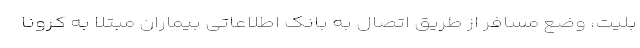
بلیت، وضع مسافر از طریق اتصال به بانک اطلاعاتی بیماران مبتلا به کرونا